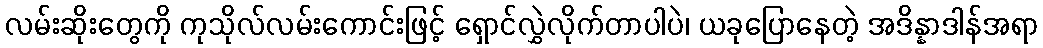
လမ်းဆိုးတွေကို ကုသိုလ်လမ်းကောင်းဖြင့် ရှောင်လွှဲလိုက်တာပါပဲ၊ ယခုပြောနေတဲ့ အဒိန္နာဒါန်အရာ